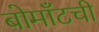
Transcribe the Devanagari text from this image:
बोमाँटची